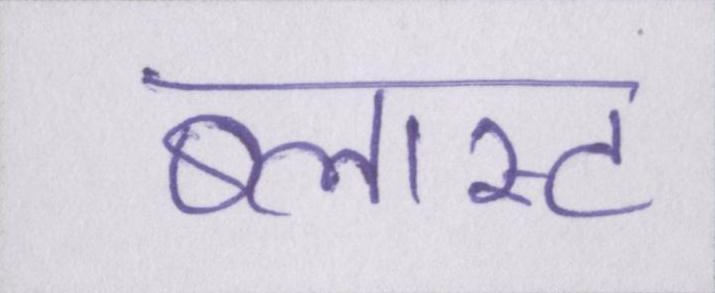
ब्लास्ट